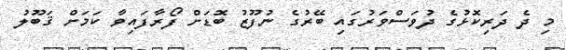
މި ދެ ދަރިކޮޅުގެ ދުވަސްވަރުގައި ބޭރުގެ ނުފޫޒު ބޮޑަށް ފޯރާފައިވާ ކަމަށް ޤަބޫލު